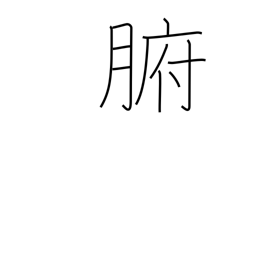
Meaning: viscera